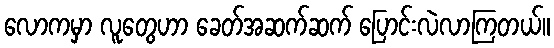
လောကမှာ လူတွေဟာ ခေတ်အဆက်ဆက် ပြောင်းလဲလာကြတယ်။